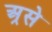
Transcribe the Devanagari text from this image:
अ्रसे